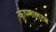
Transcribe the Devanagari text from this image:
कृष्णालाच